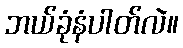
ဘယ်ခုံနံပါတ်လဲ။